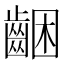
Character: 齫